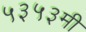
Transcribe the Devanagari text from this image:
५३५३मी